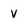
Character: v